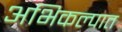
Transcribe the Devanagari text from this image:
अभिकल्पात